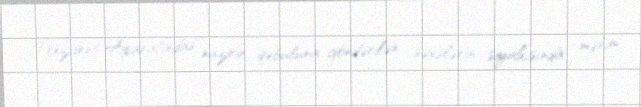
Prezident Aparatından nazirin qəbuluna göndərilən şəxslərin siyahısında mənim